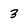
Character: 3